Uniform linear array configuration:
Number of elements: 4
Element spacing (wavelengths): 0.25
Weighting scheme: uniform
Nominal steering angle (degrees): -15
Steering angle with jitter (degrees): -14.19
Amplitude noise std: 0.05
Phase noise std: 0.05

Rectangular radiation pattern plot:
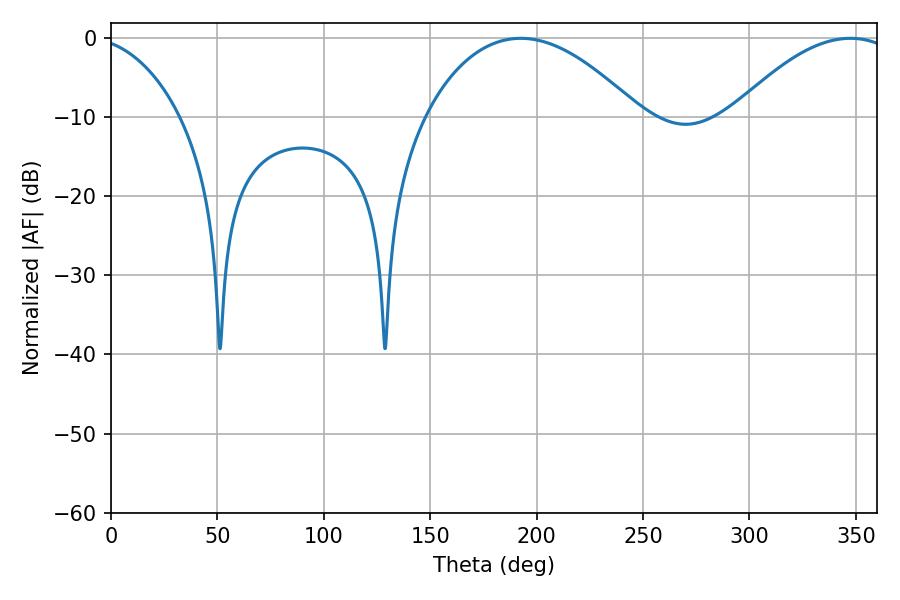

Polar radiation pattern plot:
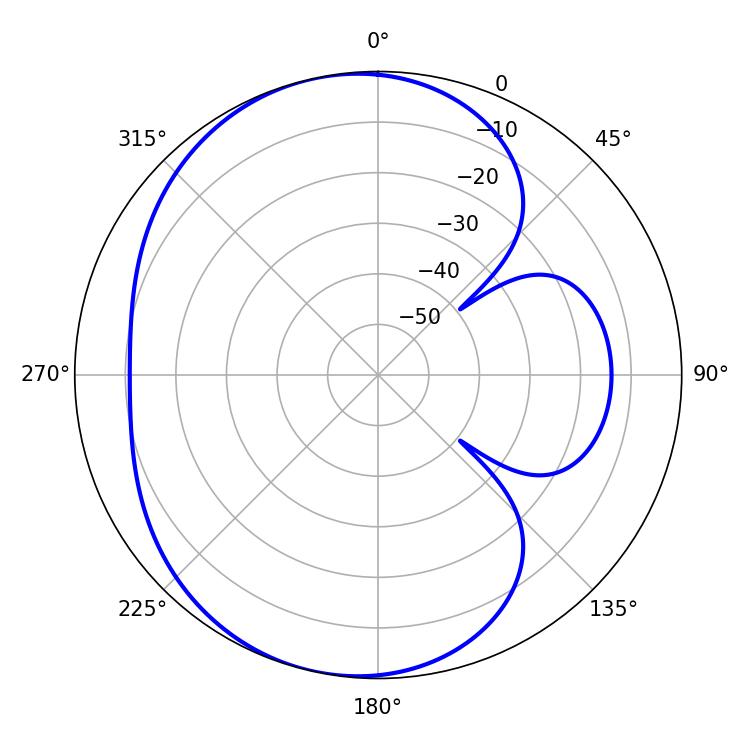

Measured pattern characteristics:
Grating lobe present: FALSE
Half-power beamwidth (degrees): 56.16
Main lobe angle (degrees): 192.6